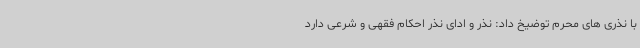
با نذری های محرم توضیخ داد: نذر و ادای نذر احکام فقهی و شرعی دارد